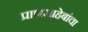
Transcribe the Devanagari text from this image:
प्राणसाहेबांचा